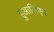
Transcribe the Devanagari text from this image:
हुआलिएन